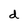
Character: d